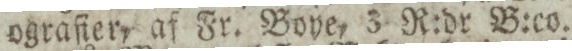
ograſier, af Fr. Boye, 3 R:dr B:co.